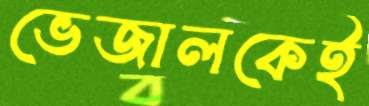
ভেজালকেই